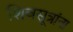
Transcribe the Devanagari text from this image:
शिवसूत्रांना